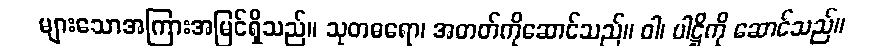
များသောအကြားအမြင်ရှိသည်။ သုတဓရော၊ အတတ်ကိုဆောင်သည်။ ဝါ၊ ပါဋ္ဌိကို ဆောင်သည်။